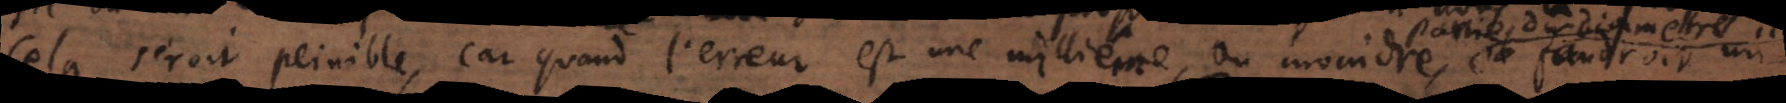
Cela seroit peinible, car quand l’erreur est une millième, ou moindre, il faudroit un